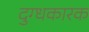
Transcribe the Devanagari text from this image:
दुग्धकारक